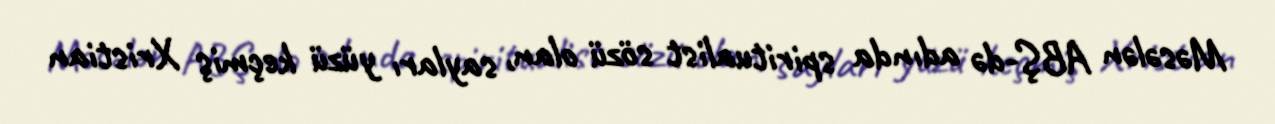
Məsələn ABŞ-də adında spiritualist sözü olan, sayları yüzü keçmiş Xristian